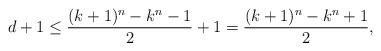
LaTeX: \begin{align*}d+1\leq \frac{(k+1)^n-k^n-1}{2}+1= \frac{(k+1)^n-k^n+1}{2},\end{align*}